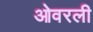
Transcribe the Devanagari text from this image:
ओवरली